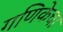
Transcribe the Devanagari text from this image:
गणिकेचा